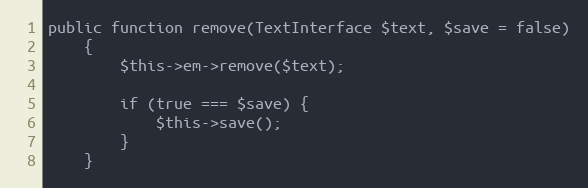
Language: PHP
public function remove(TextInterface $text, $save = false)
    {
        $this->em->remove($text);

        if (true === $save) {
            $this->save();
        }
    }